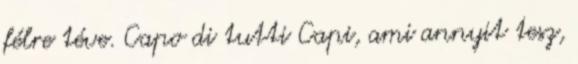
félre téve. Capo di tutti Capi, ami annyit tesz,